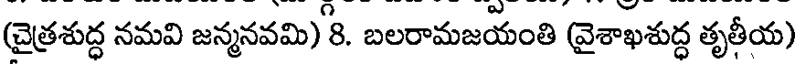
(చైత్రశుద్ధ నమవి జన్మనవమి) 8. బలరామజయంతి (వైశాఖశుద్ధ తృతీయ)